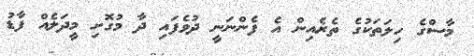
މާސްގެ ހިލަތަކުގެ ތެރެއިން އެ ފެންނަނީ ދުވެފައި ދާ މުގޮށި މީދަލެއް ފާޑު